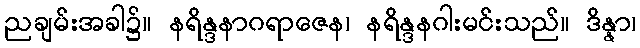
ညချမ်းအခါ၌။ နရိန္ဒနာဂရာဇေန၊ နရိန္ဒနဂါးမင်းသည်။ ဒိန္နာ၊